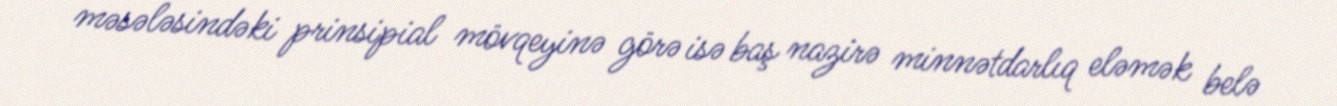
məsələsindəki prinsipial mövqeyinə görə isə baş nazirə minnətdarlıq eləmək belə